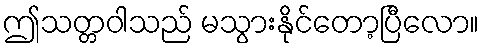
ဤသတ္တဝါသည် မသွားနိုင်တော့ပြီလော။